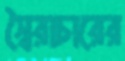
স্বৈরাচারের